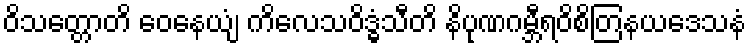
ဝိသတ္တောတိ ဝေနေယျံ ကိလေသဝိဒ္ဓံသီတိ နိပုဏဂမ္ဘီရဝိစိတြနယဒေသနံ